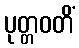
ပုတ္တဝတိံ